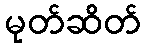
မုတ်ဆိတ်